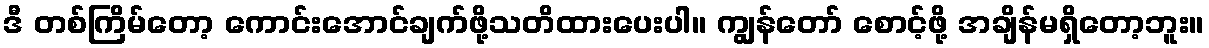
ဒီ တစ်ကြိမ်တော့ ကောင်းအောင်ချက်ဖို့သတိထားပေးပါ။ ကျွန်တော် စောင့်ဖို့ အချိန်မရှိတော့ဘူး။